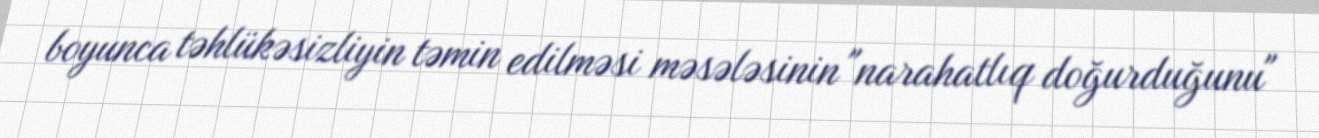
boyunca təhlükəsizliyin təmin edilməsi məsələsinin "narahatlıq doğurduğunu"